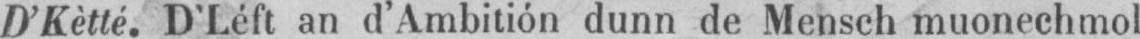
D’Kètté. D’Léft an d’Ambitión dunn de Mensch muonechmol